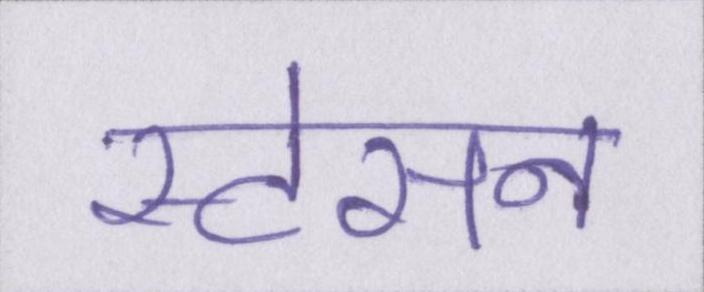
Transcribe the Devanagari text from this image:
स्टेसन